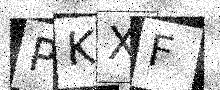
Text: PKXF